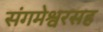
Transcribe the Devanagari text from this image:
संगमेश्वरसह